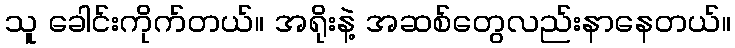
သူ ခေါင်းကိုက်တယ်။ အရိုးနဲ့ အဆစ်တွေလည်းနာနေတယ်။